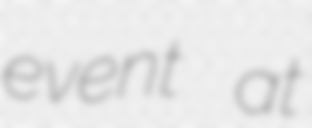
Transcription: event at